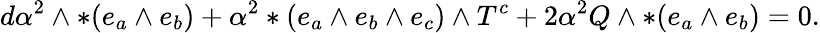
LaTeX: d\alpha^{2}\wedge*(e_{a}\wedge e_{b})+\alpha^{2}*(e_{a}\wedge e_{b}\wedge e_{c})\wedge T^{c}+2\alpha^{2}Q\wedge*(e_{a}\wedge e_{b})=0.